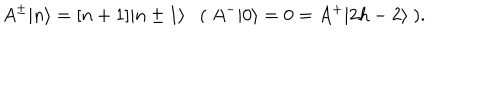
A ^ { \pm } \vert n \rangle = [ n + 1 ] \vert n \pm 1 \rangle \ \ \ ( \ A ^ { - } \vert 0 \rangle = 0 = A ^ { + } \vert 2 h - 2 \rangle \ ) .